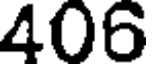
406